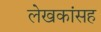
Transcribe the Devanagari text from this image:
लेखकांसह